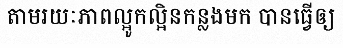
តាមរយៈភាពល្អូកល្អិនកន្លងមក បានធ្វើឲ្យ